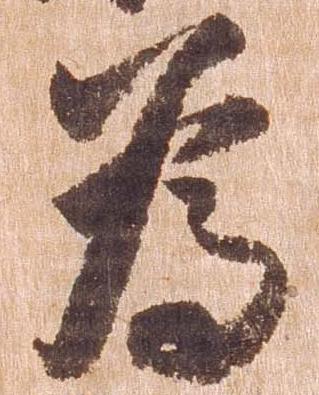
為